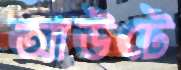
আউটে